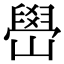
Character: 嶨